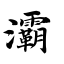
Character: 灞